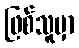
ဖြစ်သူမှာ